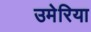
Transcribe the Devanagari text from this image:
उमेरिया